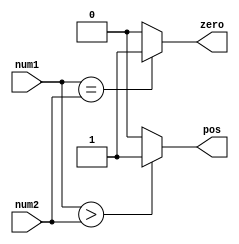

module Comparer(num1, num2, zero, pos);
    input signed [31:0] num1;
	input signed [31:0] num2;
	output zero;
	output pos;
	
	assign zero = (num1 == num2) ? 1:0;
	assign pos = (num1 > num2 ) ? 1:0;

endmodule